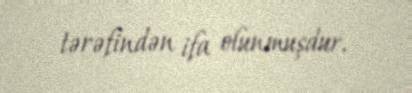
tərəfindən ifa olunmuşdur.